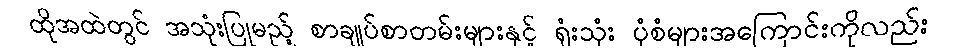
ထိုအထဲတွင် အသုံးပြုမည့် စာချုပ်စာတမ်းများနှင့် ရုံးသုံး ပုံစံများအကြောင်းကိုလည်း